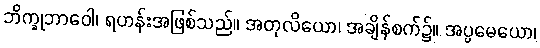
ဘိက္ခုဘာဝေါ၊ ရဟန်းအဖြစ်သည်။ အတုလိယော၊ အချိန်စက်၌။ အပ္ပမေယော၊